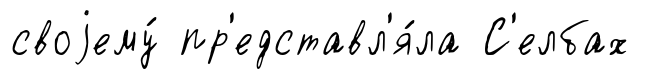
своjему́ пр'едставл'я́ла С'елбах